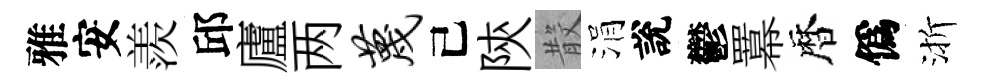
雅安羨邱廬两蔑己陝𣪚涓說鬱羃暦僞渐